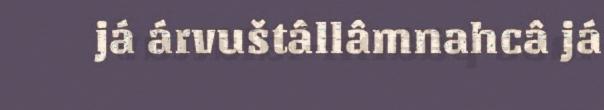
já árvuštâllâmnahcâ já